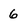
Character: 6